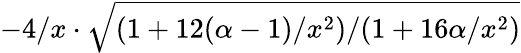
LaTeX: -4/x\cdot\sqrt{(1+12(\alpha-1)/x^{2})/(1+16\alpha/x^{2})}